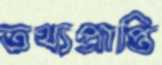
তথ্যপ্রাপ্তি